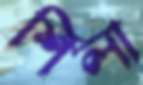
শিলা